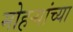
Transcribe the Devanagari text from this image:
मोहऱ्यांच्या